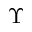
\Upsilon